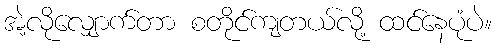
အဲ့လိုလျှောက်တာ စတိုင်ကျတယ်လို့ ထင်နေပုံပဲ။